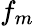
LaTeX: f_{m}